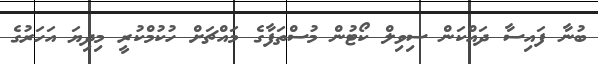
ބުނާ ފައިސާ ދައްކަން ސިވިލް ކޯޓުން މުސްތަފާގެ މައްޗަށް ހުކުމްކުރީ މިދިޔަ އަހަރުގެ